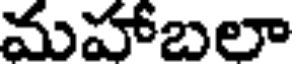
మహాబలా